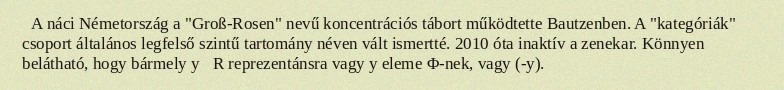
A náci Németország a "Groß-Rosen" nevű koncentrációs tábort működtette Bautzenben. A "kategóriák" csoport általános legfelső szintű tartomány néven vált ismertté. 2010 óta inaktív a zenekar. Könnyen belátható, hogy bármely y∈R reprezentánsra vagy y eleme Φ-nek, vagy (-y).